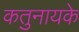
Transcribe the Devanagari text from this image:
कतुनायके